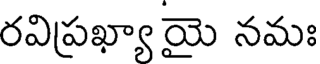
రవిప్రఖ్యా యై నమః